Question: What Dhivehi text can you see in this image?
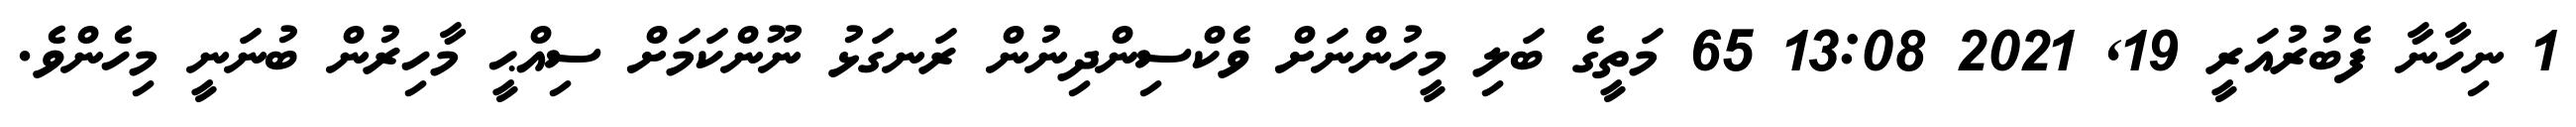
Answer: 1 ނިހާނާ ފެބުރުއަރީ 19, 2021 13:08 65 މަތީގެ ބަލި މީހުންނަށް ވެކްސިންދިނުން ރަނގަޅު ނޫންކަމަށް ސިއްޙީ މާހިރުން ބުނަނީ މިހެންވެ.